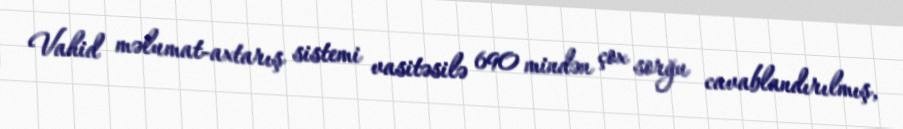
Vahid məlumat-axtarış sistemi vasitəsilə 690 mindən çox sorğu cavablandırılmış,